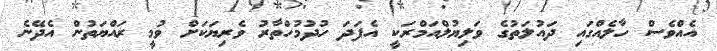
އެއްވެސް ހާލެއްގައި ދައުލަތުގެ ވަލިޔުލްއަމްރަކީ އެފަދަ ހުދުމުހްތާރު ވެރިޔަކަށް ވުމީ ރައްޔަތުން އެދޭނެ